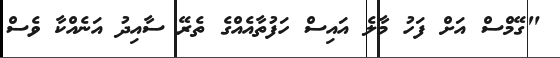
"ގޭމްސް އަށް ފަހު މާލެ އައިސް ހަފުތާއެއްގެ ތެރޭ ސާއިދު އަނެއްކާ ވެސް